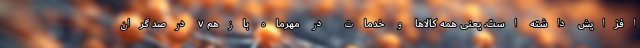
افزایش داشته است. یعنی همه کالاها و خدمات در مهرماه بازهم ۷ درصد گران